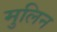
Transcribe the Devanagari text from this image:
मुलिन